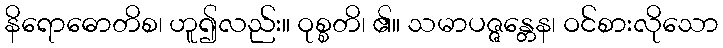
နိရောဓောတိစ၊ ဟူ၍လည်း။ ဝုစ္စတိ၊ ၏။ သမာပဇ္ဇန္တေန၊ ဝင်စားလိုသော